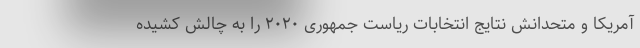
آمریکا و متحدانش نتایج انتخابات ریاست جمهوری ۲۰۲۰ را به چالش کشیده